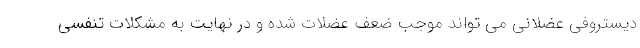
دیستروفی عضلانی می تواند موجب ضعف عضلات شده و در نهایت به مشکلات تنفسی